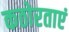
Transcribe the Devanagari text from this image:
कठोरताएं